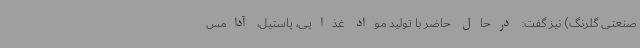
صنعتی گلرنگ) نیز گفت: درحال حاضر با تولید مواد غذایی، پاستیل، آدامس